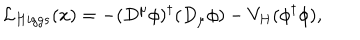
{ \cal L } _ { H i g g s } ( x ) = - ( D ^ { \mu } \phi ) ^ { \dagger } ( D _ { \mu } \phi ) - V _ { H } ( \phi ^ { \dagger } \phi ) ,